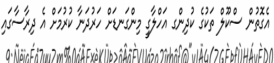
އެގޮތުން ސްކޫލް ތަކުގެ ކުދިންގ އަހްލާގީ މިންގަނޑަށް ހަރުދަނާ ކުރުމަށް އެ ދިރާސާގައި